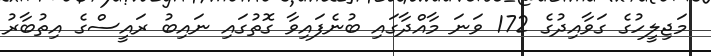
މަޖިލީހުގެ ގަވާއިދުގެ 172 ވަނަ މާއްދާގައި ބުނެފައިވާ ގޮތުގައި ނައިބު ރައީސްގެ އިތުބާރު